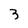
Character: 3